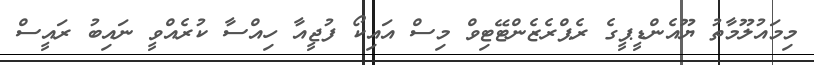
މިމައުލޫމާތު ޔޫއެންޑީޕީގެ ރެޕްރެޒެންޓޭޓިވް މިސް އައިކޯ ފުޖީއާ ހިއްސާ ކުރެއްވީ ނައިބު ރައީސް